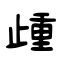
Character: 歱